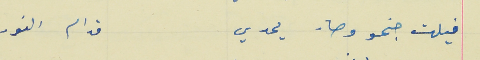
فيلت جنحو وصار يحدي                                   قدام النور